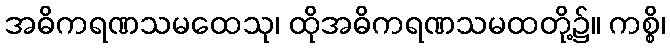
အဓိကရဏသမထေသု၊ ထိုအဓိကရဏသမထတို့၌။ ကစ္စိ၊